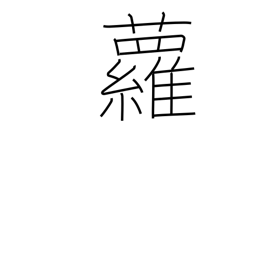
Meaning: ivy